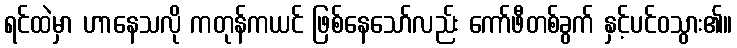
ရင်ထဲမှာ ဟာနေသလို ကတုန်ကယင် ဖြစ်နေသော်လည်း ကော်ဖီတစ်ခွက် နှင့်ပင်ဝသွား၏။